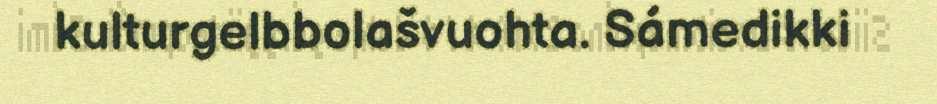
kulturgelbbolašvuohta. Sámedikki